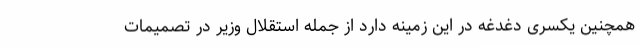
همچنین یکسری دغدغه‌ در این زمینه دارد از جمله استقلال وزیر در تصمیمات